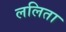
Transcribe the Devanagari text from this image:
ललिता